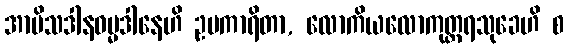
အာမိသဒါနဓမ္မဒါနေဟိ ဥပကာရိတာ, လောကိယလောကုတ္တရသုခေဟိ စ